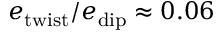
e _ { \mathrm { t w i s t } } / e _ { \mathrm { d i p } } \approx 0 . 0 6